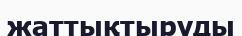
жаттықтыруды